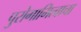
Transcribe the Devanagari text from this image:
पुरोगामित्वाचा